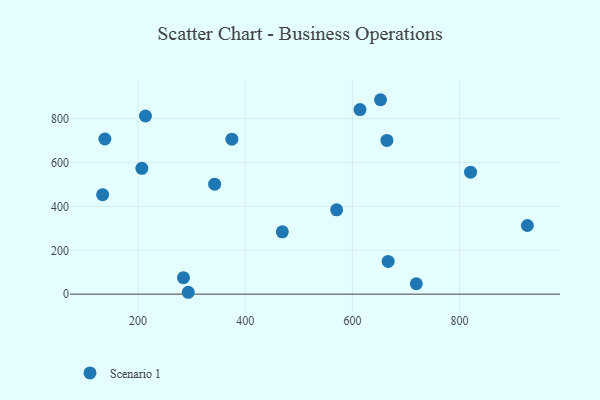
{"axis": {"x": "Study Hours", "y": "Salary"}, "legend": ["Scenario 1"], "data": [{"x": "570.6", "y": 384.6, "type": "Scenario 1"}, {"x": "664.4", "y": 701.2, "type": "Scenario 1"}, {"x": "293.8", "y": 8.6, "type": "Scenario 1"}, {"x": "343.0", "y": 501.5, "type": "Scenario 1"}, {"x": "614.2", "y": 841.9, "type": "Scenario 1"}, {"x": "652.5", "y": 886.6, "type": "Scenario 1"}, {"x": "138.2", "y": 707.6, "type": "Scenario 1"}, {"x": "134.0", "y": 453.5, "type": "Scenario 1"}, {"x": "207.2", "y": 573.9, "type": "Scenario 1"}, {"x": "375.1", "y": 706.8, "type": "Scenario 1"}, {"x": "926.5", "y": 313.0, "type": "Scenario 1"}, {"x": "666.7", "y": 149.4, "type": "Scenario 1"}, {"x": "820.5", "y": 556.4, "type": "Scenario 1"}, {"x": "284.8", "y": 75.4, "type": "Scenario 1"}, {"x": "213.9", "y": 812.5, "type": "Scenario 1"}, {"x": "469.3", "y": 284.2, "type": "Scenario 1"}, {"x": "719.3", "y": 47.5, "type": "Scenario 1"}]}